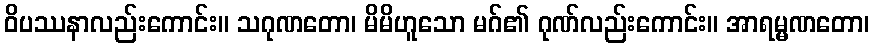
ဝိပဿနာလည်းကောင်း။ သဂုဏတော၊ မိမိဟူသော မဂ်၏ ဂုဏ်လည်းကောင်း။ အာရမ္မဏတော၊